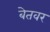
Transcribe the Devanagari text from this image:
बेतवर